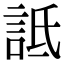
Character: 詆